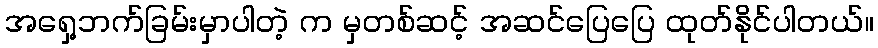
အရှေ့ဘက်ခြမ်းမှာပါတဲ့ က မှတစ်ဆင့် အဆင်ပြေပြေ ထုတ်နိုင်ပါတယ်။